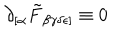
\partial _ { [ \alpha } \tilde { F } _ { \beta \gamma \delta \epsilon ] } \equiv 0